system: You are a helpful assistant.
user:
Analyze the provided spectrum to determine if it is a **M-type Giant (gM)**.

A M-type Giant spectrum is defined by its **strong molecular absorption** features, particularly from **Titanium Oxide (TiO)**. You must check for one of the following mutually exclusive signatures:

- **Key Visual Indicators (Absorption-Dominated Spectrum):**

    - **(Primary):** The spectrum is dominated by strong molecular absorption from **Titanium Oxide (TiO)**. This is the **defining feature** of its M-type temperature class.
        - **(Key Bandheads):** Look for sharp, "saw-tooth" absorption valleys. The strongest are located near **~7050 Å**, **~6160 Å**, and **~5170 Å**.
        - **(Line Profile):** The "saw-tooth" morphology is critical: a **sharp, steep drop on the BLUE (short-wavelength) side** of the bandhead, followed by a gradual recovery (rising flux) towards the RED (long-wavelength) side.

    - **(Key Confirmation - Giant vs. Dwarf):** **ABSENCE** of strong **Calcium Hydride (CaH)** molecular bands. This is the primary diagnostic for *excluding* M-dwarfs.
        - **(Key Region):** The spectrum should lack the strong, broad absorption band seen in dwarfs between **~6800 Å and ~7000 Å**.

    - **(Secondary Confirmation - Giant):** A very strong and broad **Neutral Calcium (Ca I)** atomic absorption line.
        - **(Key Line):** Located at **~4226 Å**. In a giant (gM), this line is significantly deeper and broader than the same line in an M-dwarf (dM) due to low surface gravity.

    - **(Overall Spectrum):**
        - The continuum is **extremely red-sloping** (i.e., flux is very low in the blue and rises dramatically towards the red).
        - The entire spectrum appears "chopped up" by the deep TiO bands.

Think first, call **spectral_visualization_tool** if needed to examine features in detail, then provide your final answer. Your response must adhere to the following strict rules:
1.  **Overall Structure:** Your response must follow the format `<think>...</think> <tool_call>...</tool_call> (if a tool is used) <answer>...</answer>`.
2.  **Tool Usage Constraint:** You may only make **one** tool call per turn.
3.  **Final Answer Format:** In the `<answer>` tag, your conclusion must be inside a `\boxed{}` command (e.g., `\boxed{YES}` or `\boxed{NO}`), followed by your justification.

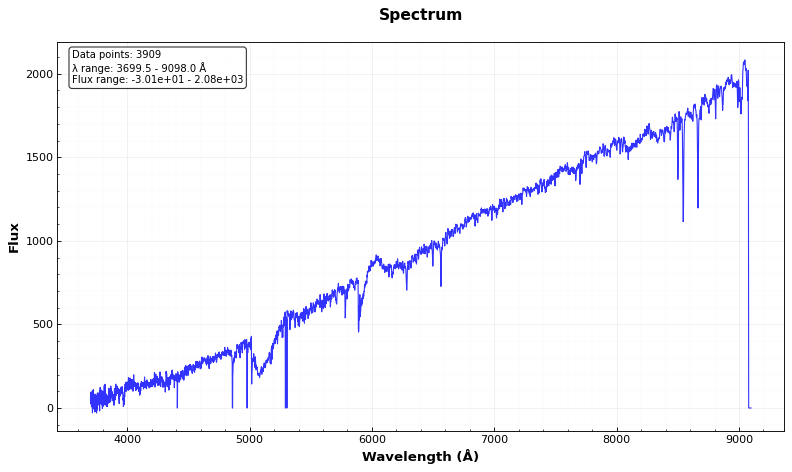
Answer: YES